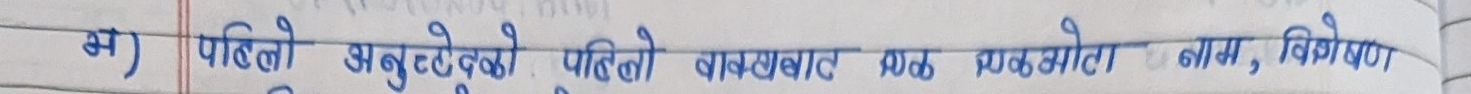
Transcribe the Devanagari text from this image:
भ) पहिलो शब्दको पहिलो अक्षरबाट एक एकओटा नाम, विशेषण